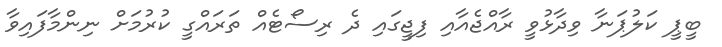
ބީޕީ ކަލުޕަނާ ވިދާޅުވީ ރާއްޖެއާއި ފިޖީގައި ދެ ރިސޯޓެއް ތަރައްގީ ކުރުމަށް ނިންމާފައިވާ